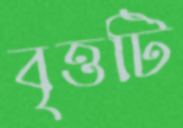
বৃত্তটি